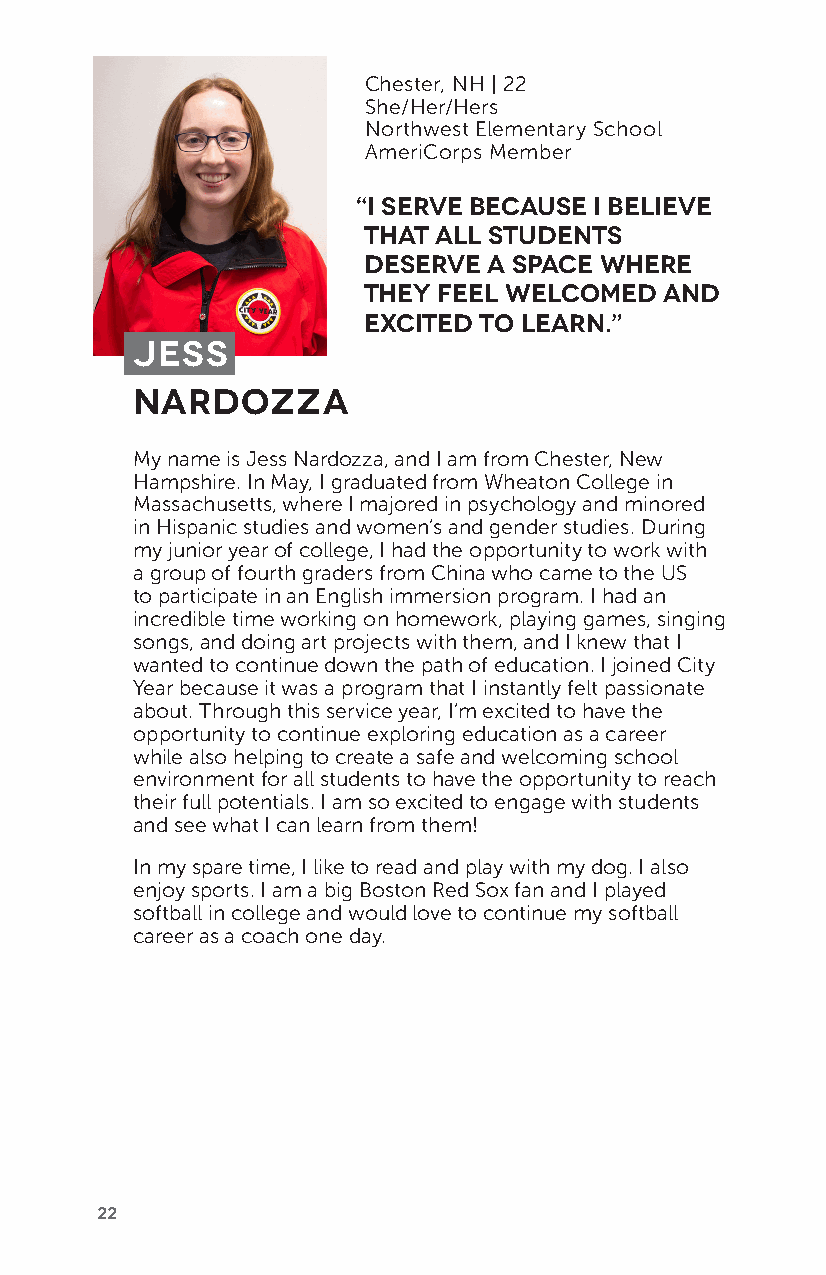
Chester, NH | 22
 She/Her/Hers
 Northwest Elementary School
 AmeriCorps Member
 “I serve because I believe
 that all students
 deserve a space where
 they feel welcomed  and
 excited to learn.”
 Jess
 Nardozza
 My name is Jess Nardozza, and I am from Chester, New
 Hampshire. In May, I graduated from Wheaton College in
 Massachusetts, where I majored in psychology and minored
 in Hispanic studies and women’s and gender studies. During
 my junior year of college, I had the opportunity to work with
 a group of fourth graders from China who came to the US
 to participate in an English immersion program. I had an
 incredible time working on homework, playing games, singing
 songs, and doing art projects with them, and I knew that I
 wanted to continue down the path of education. I joined City
 Year because it was a program that I instantly felt passionate
 about. Through this service year, I’m excited to have the
 opportunity to continue exploring education as a career
 while also helping to create a safe and welcoming school
 environment for all students to have the opportunity to reach
 their full potentials. I am so excited to engage with students
 and see what I can learn from them!
 In my spare time, I like to read and play with my dog. I also
 enjoy sports. I am a big Boston Red Sox fan and I played
 softball in college and would love to continue my softball
 career as a coach one day.
 22